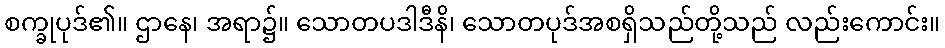
စက္ခုပုဒ်၏။ ဌာနေ၊ အရာ၌။ သောတပဒါဒီနိ၊ သောတပုဒ်အစရှိသည်တို့သည် လည်းကောင်း။